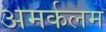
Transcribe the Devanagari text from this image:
अमर्कलम